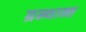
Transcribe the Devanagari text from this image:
ग्रन्थान्त